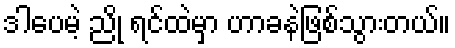
ဒါပေမဲ့ ညို ရင်ထဲမှာ ဟာခနဲဖြစ်သွားတယ်။